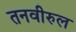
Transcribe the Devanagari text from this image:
तनवीरुल